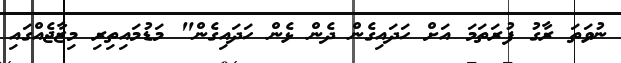
ނުވަތަ ރާގު ފުރަތަމަ އަށް ހަދައިގެން ދެން ޅެން ހަދައިގެން" މަޑުމައިތިރި މިޒާޖެއްގައި